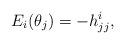
LaTeX: \begin{align*}E_i(\theta_j) = -h_{jj}^i,\end{align*}